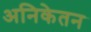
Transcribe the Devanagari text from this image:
अनिकेतन